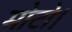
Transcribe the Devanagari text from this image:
मोटो।